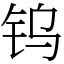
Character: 钨